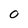
Character: 0